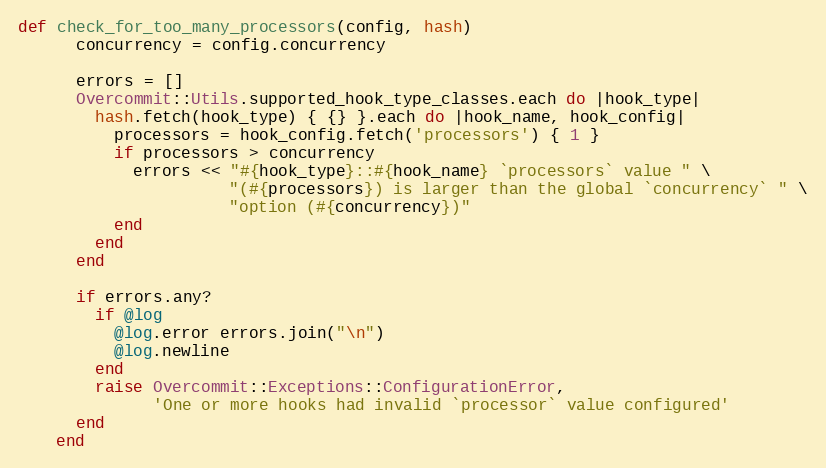
Language: Ruby
def check_for_too_many_processors(config, hash)
      concurrency = config.concurrency

      errors = []
      Overcommit::Utils.supported_hook_type_classes.each do |hook_type|
        hash.fetch(hook_type) { {} }.each do |hook_name, hook_config|
          processors = hook_config.fetch('processors') { 1 }
          if processors > concurrency
            errors << "#{hook_type}::#{hook_name} `processors` value " \
                      "(#{processors}) is larger than the global `concurrency` " \
                      "option (#{concurrency})"
          end
        end
      end

      if errors.any?
        if @log
          @log.error errors.join("\n")
          @log.newline
        end
        raise Overcommit::Exceptions::ConfigurationError,
              'One or more hooks had invalid `processor` value configured'
      end
    end